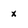
Character: x